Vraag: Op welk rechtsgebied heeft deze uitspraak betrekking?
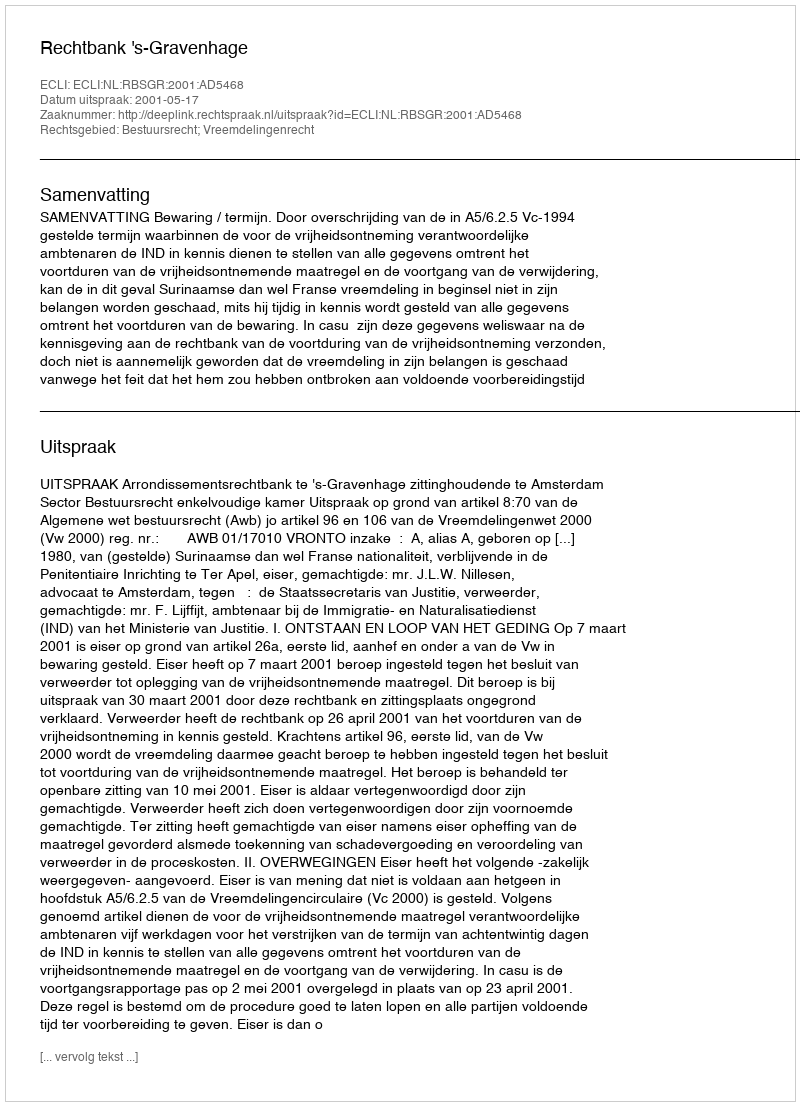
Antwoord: Bestuursrecht; Vreemdelingenrecht